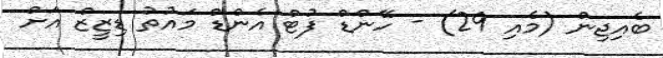
ބެއިޖިން (މެއި 29) - ހޭންޑް ފުޓް އެންޑް މައުތު ޑިޒީޒް އަށް